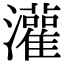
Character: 灌